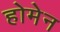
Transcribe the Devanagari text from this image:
होमेन